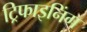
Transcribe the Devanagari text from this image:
ट्रिफाइनिंग